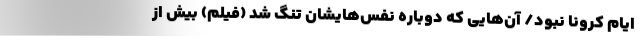
ایام کرونا نبود/ آن‌هایی که دوباره نفس‌هایشان تنگ شد (فیلم) بیش از